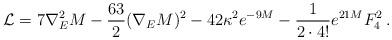
LaTeX: \begin{align*}\mathcal{L}=7\nabla ^{2}_{E}M-\frac{63}{2}(\nabla _{E}M)^{2}-42\kappa ^{2}e^{-9M}-\frac{1}{2\cdot 4!}e^{21M}F_{4}^{2}\, .\end{align*}